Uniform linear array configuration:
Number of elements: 24
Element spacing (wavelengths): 0.5
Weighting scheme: kaiser
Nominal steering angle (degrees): -45
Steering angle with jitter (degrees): -44.726
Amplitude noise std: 0.05
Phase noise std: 0.05

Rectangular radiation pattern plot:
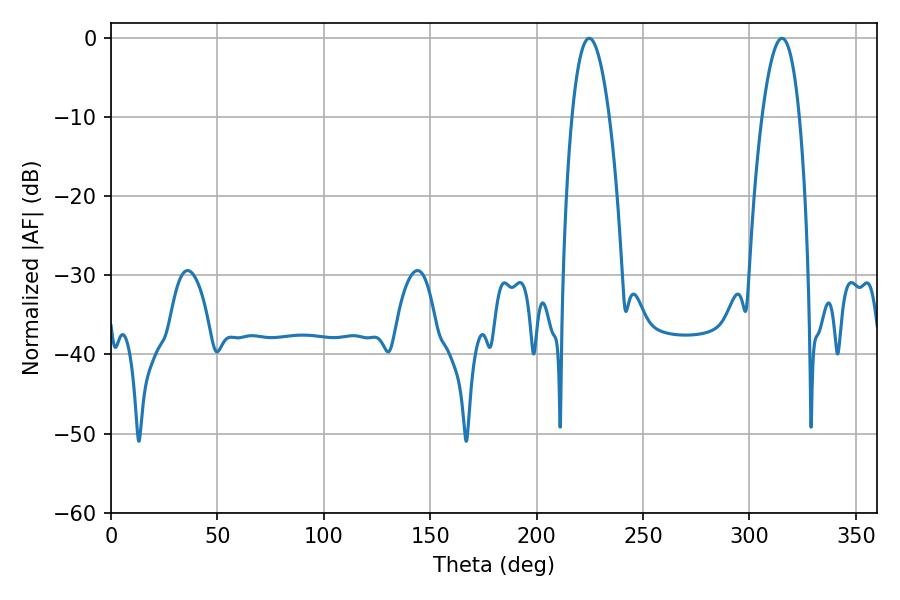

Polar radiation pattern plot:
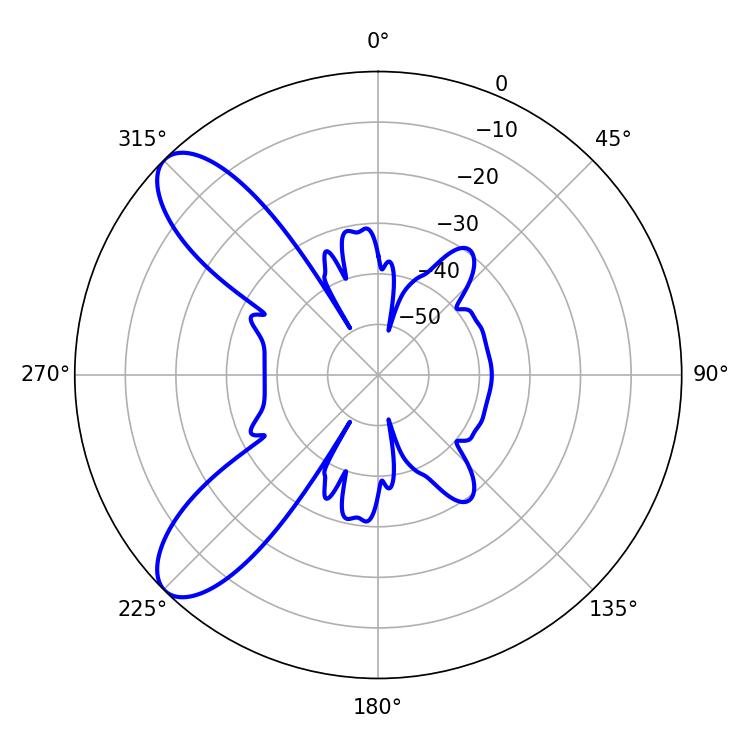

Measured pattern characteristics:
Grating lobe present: FALSE
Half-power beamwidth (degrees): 9.54
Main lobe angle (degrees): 224.64